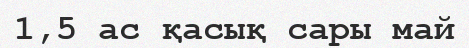
1,5 ас қасық сары май